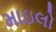
માઇલો